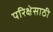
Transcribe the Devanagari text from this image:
परिक्षेसाठी